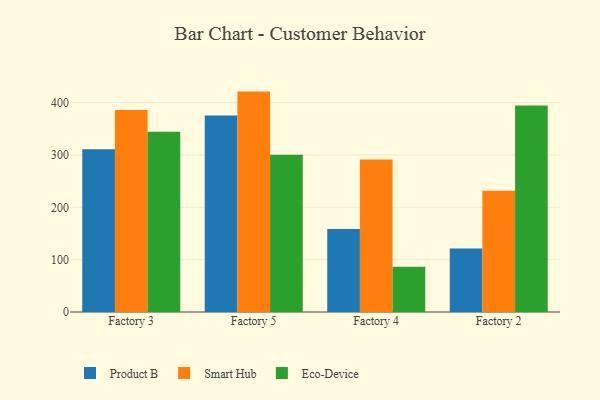
{"axis": {"x": "Factory", "y": "Website Visitors"}, "legend": ["Eco-Device", "Product B", "Smart Hub"], "data": [{"x": "Factory 3", "y": 310.9, "type": "Product B"}, {"x": "Factory 3", "y": 386.0, "type": "Smart Hub"}, {"x": "Factory 3", "y": 344.4, "type": "Eco-Device"}, {"x": "Factory 5", "y": 375.3, "type": "Product B"}, {"x": "Factory 5", "y": 421.2, "type": "Smart Hub"}, {"x": "Factory 5", "y": 300.6, "type": "Eco-Device"}, {"x": "Factory 4", "y": 158.6, "type": "Product B"}, {"x": "Factory 4", "y": 291.4, "type": "Smart Hub"}, {"x": "Factory 4", "y": 86.6, "type": "Eco-Device"}, {"x": "Factory 2", "y": 121.4, "type": "Product B"}, {"x": "Factory 2", "y": 231.5, "type": "Smart Hub"}, {"x": "Factory 2", "y": 394.7, "type": "Eco-Device"}]}